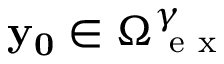
\mathbf { y _ { 0 } } \in \Omega _ { \mathrm { ~ e ~ x ~ } } ^ { \gamma }